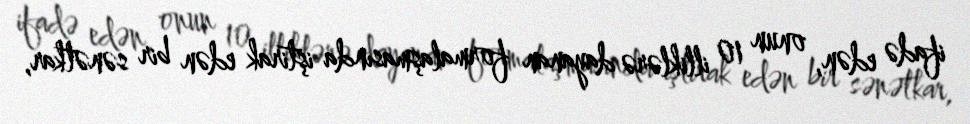
ifadə edən, onun 10 illiklərə dayanan formalaşmasında iştirak edən bir sənətkar,